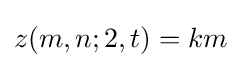
z(m,n;2,t)=km